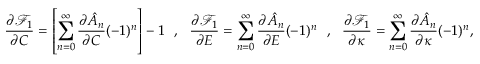
\frac { \partial \mathcal { F } _ { 1 } } { \partial C } = \left[ \sum _ { n = 0 } ^ { \infty } \frac { \partial \hat { A } _ { n } } { \partial C } ( - 1 ) ^ { n } \right] - 1 ~ ~ , ~ ~ \frac { \partial \mathcal { F } _ { 1 } } { \partial E } = \sum _ { n = 0 } ^ { \infty } \frac { \partial \hat { A } _ { n } } { \partial E } ( - 1 ) ^ { n } ~ ~ , ~ ~ \frac { \partial \mathcal { F } _ { 1 } } { \partial \kappa } = \sum _ { n = 0 } ^ { \infty } \frac { \partial \hat { A } _ { n } } { \partial \kappa } ( - 1 ) ^ { n } ,